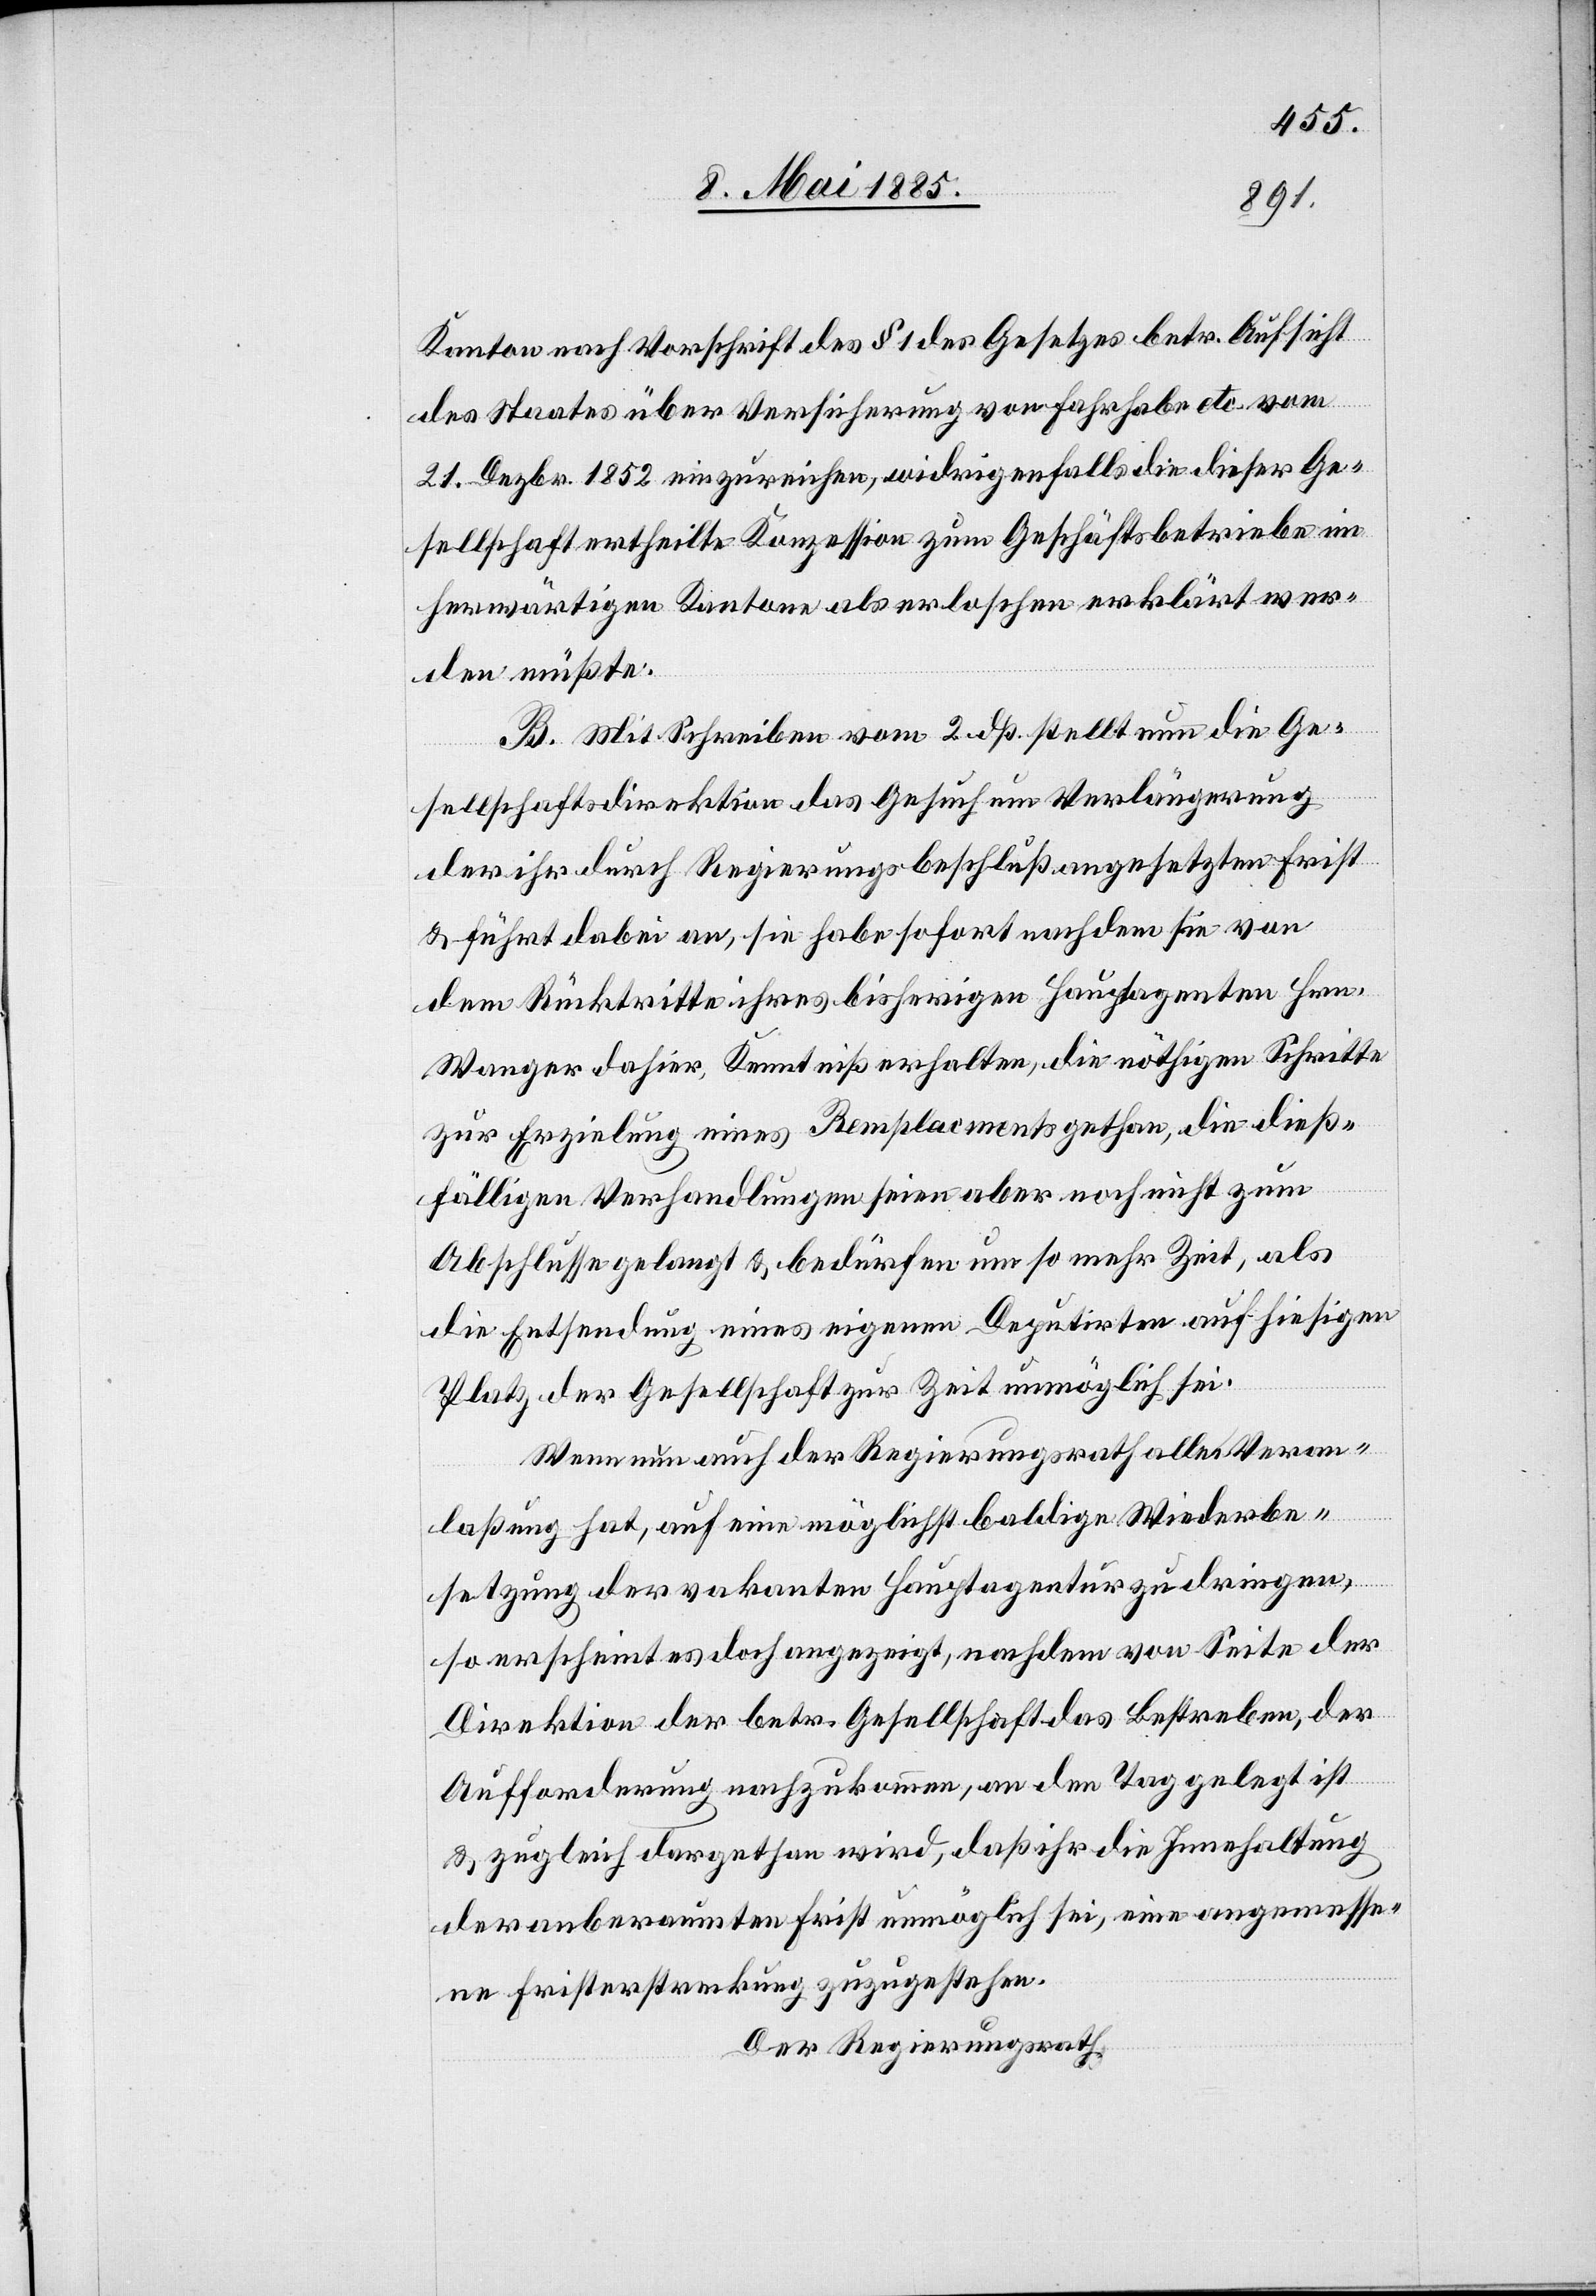
Kanton nach Vorschrift des § 1 des Gesetzes betr. Aufsicht
des Staates über Versicherung von Fahrhabe etc. vom
21. Dezbr. 1852 einzureichen. widrigenfalls die dieser Ge¬
sellschaft ertheilte Konzession zum Geschäftsbetriebe im
herwärtigen Kanton als erloschen erklärt wer¬
den müßte.
B. Mit Schreiben vom 2. dß stellt nun die Ge¬
sellschaftsdirektion das Gesuch um Verlängerung
der ihr durch Regierungsbeschluß angesetzten Frist
& führt dabei an, sie habe sofort nachdem sie von
dem Rücktritte ihres bisherigen Hauptagenten Hrn.
Wanger dahier, Kenntniß erhalten, die nöthigen Schritte
zur Erzielung eines Remplacements gethan, die dieß¬
fälligen Verhandlungen seien aber noch nicht zum
Abschlusse gelangt & bedürfen um so mehr Zeit, als
die Entsendung eines eigenen Deputirten auf hiesigen
Platz der Gesellschaft zur Zeit unmöglich sei.
Wenn nun auch der Regierungsrath alle Veran¬
laßung hat, auf eine möglichst baldige Wiederbe¬
setzung der vakanten Hauptagentur zudringen,
so erscheint es doch angezeigt, nachdem von Seite der
Direktion der betr. Gesellschaft das Bestreben, der
Aufforderung nachzukommen, an den Tag gelegt ist,
& zugleich dargethan wird, daß ihr die Innehaltung
der anberaumten Frist unmöglich sei, eine angemesse¬
ne Fristerstreckung zuzugestehen.
Der Regierungsrath,